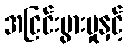
အငြင်းပွားမှုနှင့်